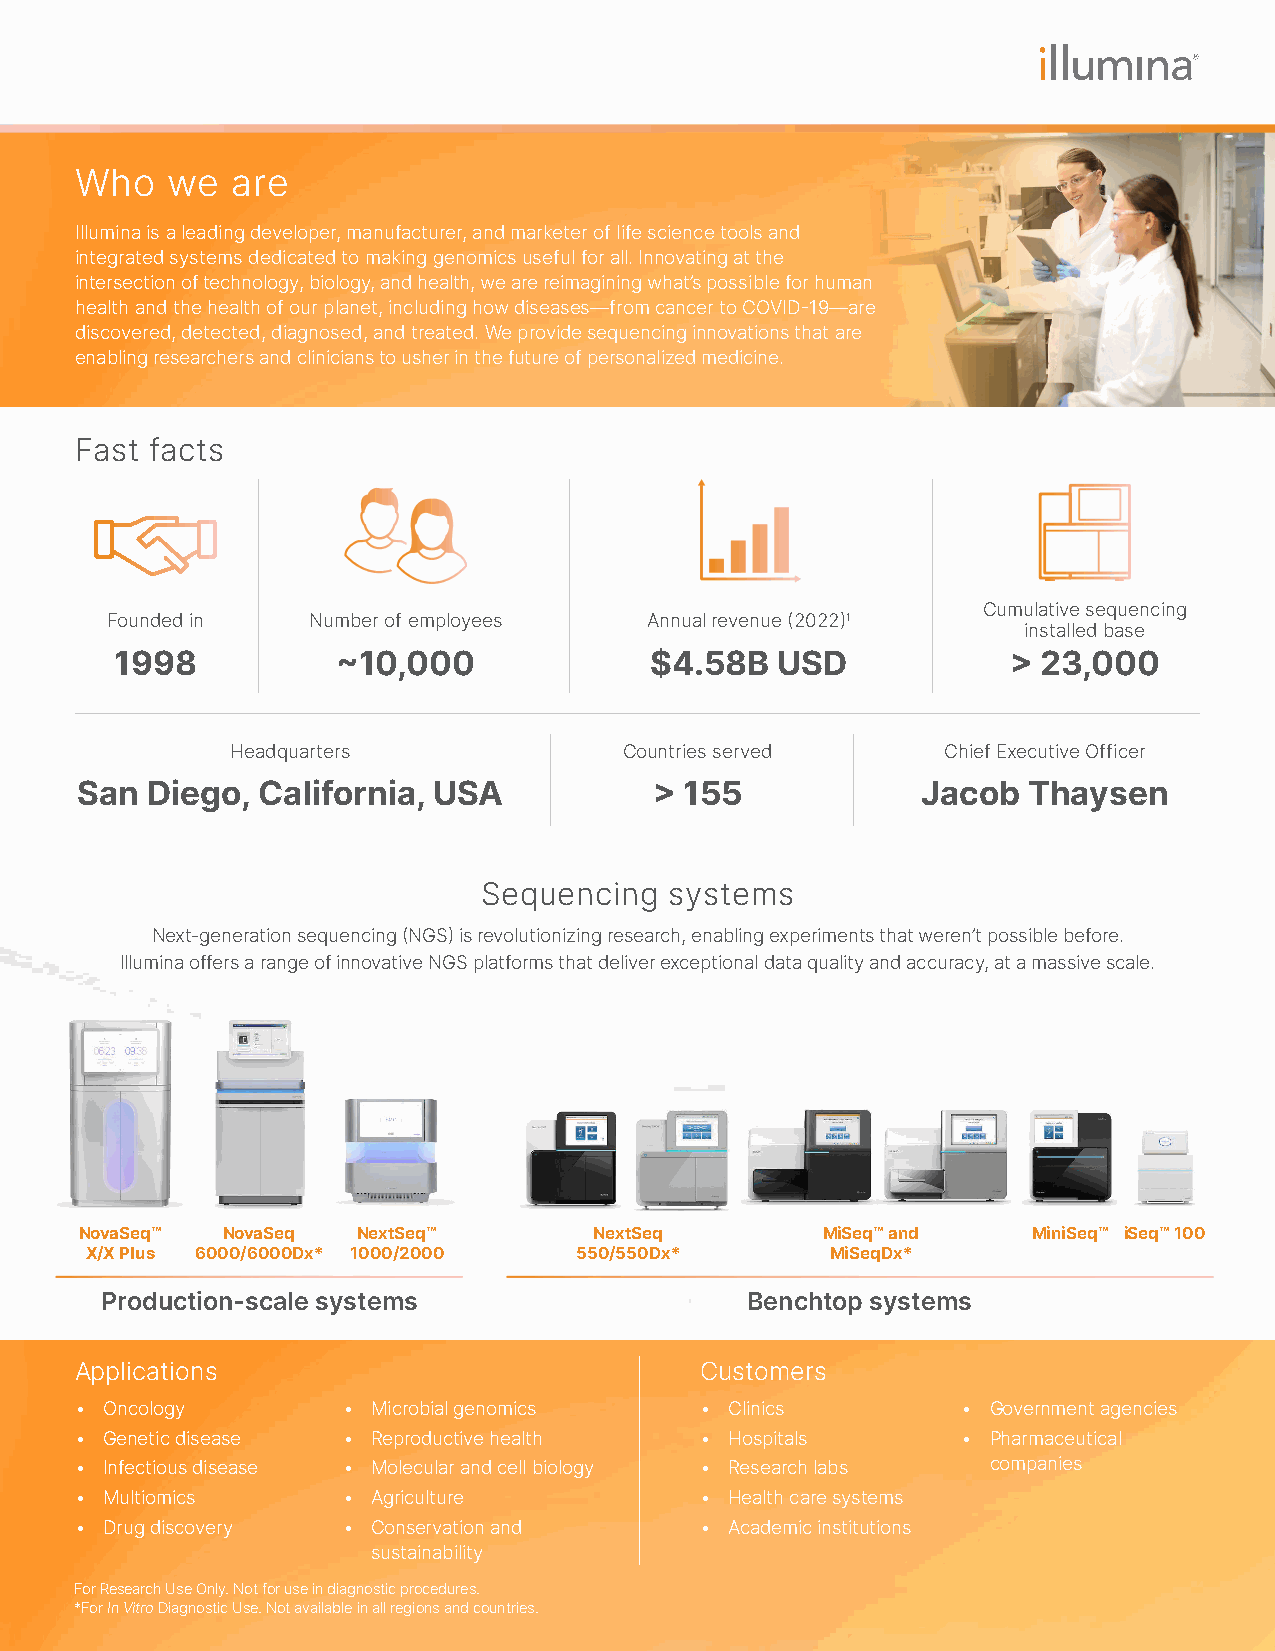
Who   we  are
 Illumina is a leading developer, manufacturer, and marketer of life science tools and
 integrated systems dedicated to making genomics useful for all. Innovating at the
 intersection of technology, biology, and health, we are reimagining what’s possible for human
 health and the health of our planet, including how diseases—from cancer to COVID-19—are
 discovered, detected, diagnosed, and treated. We provide sequencing innovations that are
 enabling researchers and clinicians to usher in the future of personalized medicine.
 Fast facts
 Cumulative sequencing
 Founded in   Number of employees    Annual revenue (2022)1
 installed base
 1998          ~10,000              $4.58B  USD             > 23,000
 Headquarters              Countries served      Chief Executive Officer
 San  Diego, California, USA           > 155             Jacob  Thaysen
 Sequencing  systems
 Next-generation sequencing (NGS) is revolutionizing research, enabling experiments that weren’t possible before.
 Illumina offers a range of innovative NGS platforms that deliver exceptional data quality and accuracy, at a massive scale.
 NovaSeq™  NovaSeq  NextSeq™       NextSeq        MiSeq™ and    MiniSeq™ iSeq™ 100
 X/X Plus 6000/6000Dx* 1000/2000 550/550Dx*       MiSeqDx*
 Production-scale systems                  Benchtop systems
 Applications                             Customers
 • Oncology        • Microbial genomics   • Clinics         • Government agencies
 • Genetic disease • Reproductive health  • Hospitals       • Pharmaceutical
 • Infectious disease • Molecular and cell biology • Research labs companies
 • Multiomics      • Agriculture          • Health care systems
 • Drug discovery  • Conservation and     • Academic institutions
 sustainability
 For Research Use Only. Not for use in diagnostic procedures.
 *For In Vitro Diagnostic Use. Not available in all regions and countries.